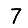
Digit: 7